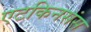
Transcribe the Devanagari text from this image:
एटकिनसंस